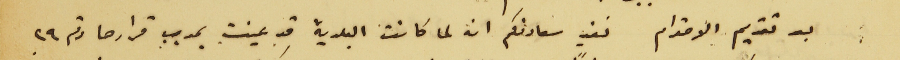
بعد تقديم الاحترام نفيد سعادتكم انه لما كانت البلدية قد عينت بموجب قرارها رقم ٢٩